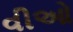
વીઓ